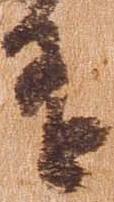
達